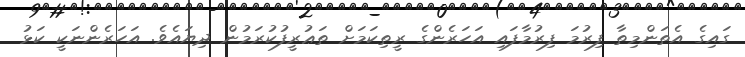
ގައިގެ އެތަންމިތާ ފިރުމަ ފިރުމާފައި އަހަރެންގެ ރީތިކަމަށް ތަޢުރީފުކުރަމުން ދިޔައެވެ. އަހަރެންނަކީ ކަޅު